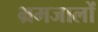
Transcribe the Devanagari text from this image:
भ्रमजालों